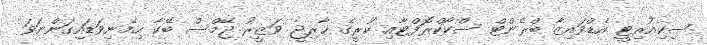
ސިކިއުރިޓީ އެޑްވައިޒާ ބްރެންޓް ސްކޯކްރޮފްޓާއި ކުރީގެ ޚާރިޖީ ވަޒީރު ޖޭމްސް ބޭކާ ހިމެނިވަޑައިގަންނަވަ